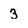
Character: 3